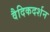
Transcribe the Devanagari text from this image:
वैदिकदर्शन